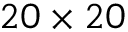
2 0 \times 2 0